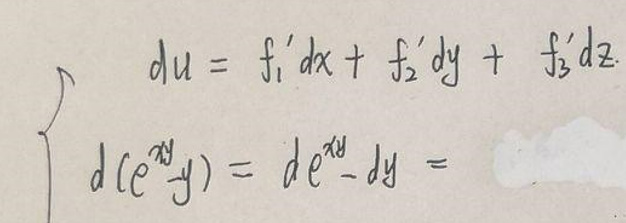
\[
\left\{
\begin{array}{l}
du = f_1'dx + f_2'dy + f_3'dz\\
d(e^{xy}y)=d e^{xy}-dy =
\end{array}
\right.
\]